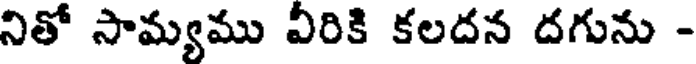
నితో సామ్యము వీరికి కలదన దగును -